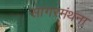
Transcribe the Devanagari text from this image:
सागरमंथना